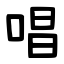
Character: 唱